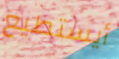
أيستطيع